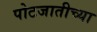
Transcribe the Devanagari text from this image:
पोटजातीच्या